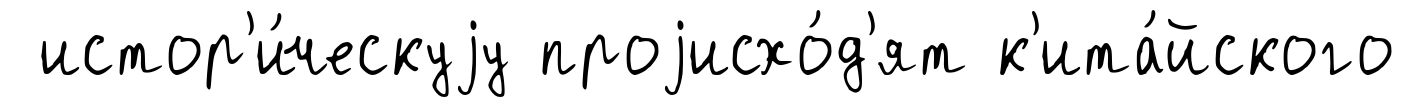
истор'и́ческуjу проjисхо́д'ят к'ита́йского